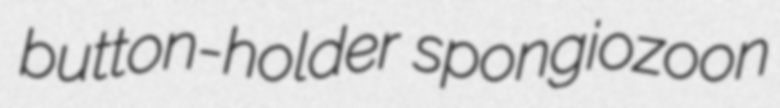
button-holder spongiozoon